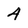
Character: 4